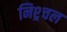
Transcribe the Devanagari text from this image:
निश्र्चल